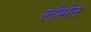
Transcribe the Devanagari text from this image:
लोमेन